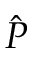
\hat { P }